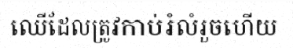
ឈើដែលត្រូវកាប់រំលំរួចហើយ